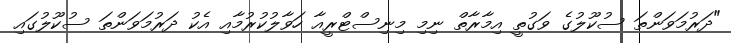
"ދަރުމަވަންތަ ސުކޫލުގެ ވަގުތީ އިމާރާތް ނިމި މިނިސްޓްރީއާ ހަވާލުކުރުމާއި އެކު ދަރުމަވަންތަ ސުކޫލުގައި